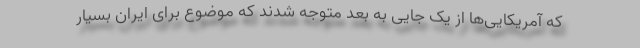
که آمریکایی‌ها از یک جایی به بعد متوجه شدند که موضوع برای ایران بسیار